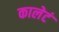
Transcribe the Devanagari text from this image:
कालेटं